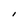
Character: I